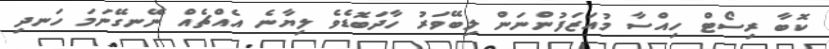
ކޮބާ ރިސޯޓް ހިއްސާ މުއަޒަފުންނަން ލިބޭވަރު ހާދަބޮޑެވެ ލިޔާނެ އެއްޗެއް ނޭނގޭނަމަ ހަނދި